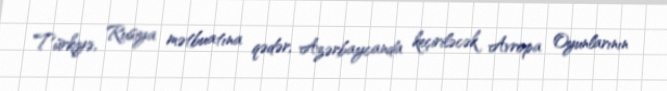
Türkiyə, Rusiya mətbuatına qədər, Azərbaycanda keçiriləcək Avropa Oyunlarının